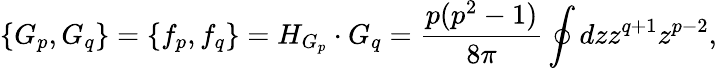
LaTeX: \{ G_{p},G_{q}\} =\{ f_{p},f_{q}\} =H_{G_{p}}\cdot G_{q}={\frac{p(p^{2}-1)}{8\pi}}\oint dzz^{q+1}z^{p-2},